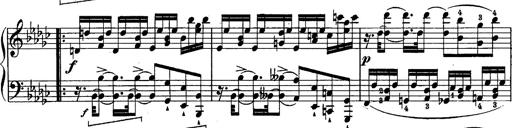
Title: Schubert's Impromptus [revised and edited by Franz Liszt]
Composer: Franz Liszt